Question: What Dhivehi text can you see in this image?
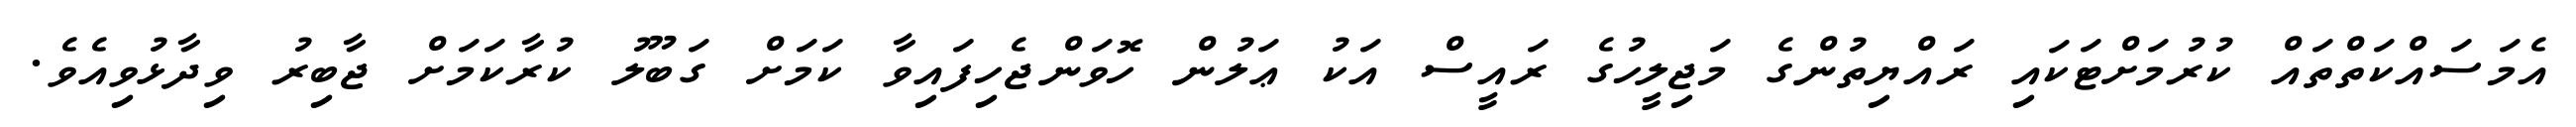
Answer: އެމަސައްކަތްތައް ކުރުމަށްޓަކައި ރައްޔިތުންގެ މަޖިލީހުގެ ރައީސް އަކު ޢަލުން ހޮވަންޖެހިފައިވާ ކަމަށް ގަބޫލު ކުރާކަމަށް ޖާބިރު ވިދާޅުވިއެވެ.